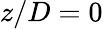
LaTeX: z/D=0